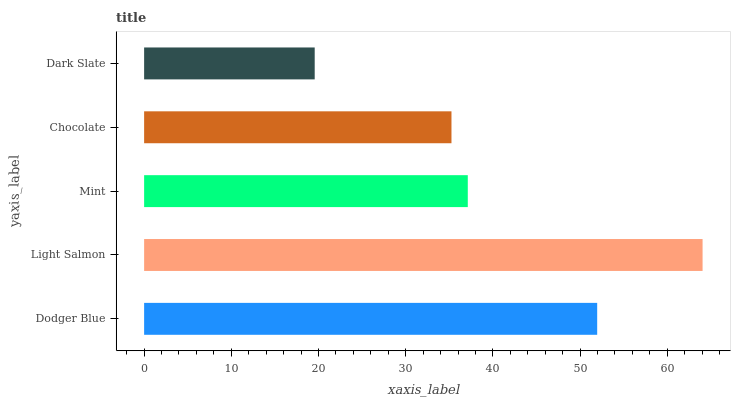
| yaxis_label | bars |
 | --- | --- |
 | Dodger Blue | 52 |
 | Light Salmon | 64 |
 | Mint | 37.1 |
 | Chocolate | 35.2 |
 | Dark Slate | 19.6 |